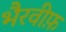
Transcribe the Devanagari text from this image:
भैरवीफ़